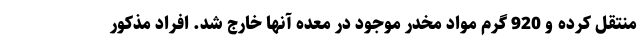
منتقل کرده و 920 گرم مواد مخدر موجود در معده آنها خارج شد. افراد مذکور